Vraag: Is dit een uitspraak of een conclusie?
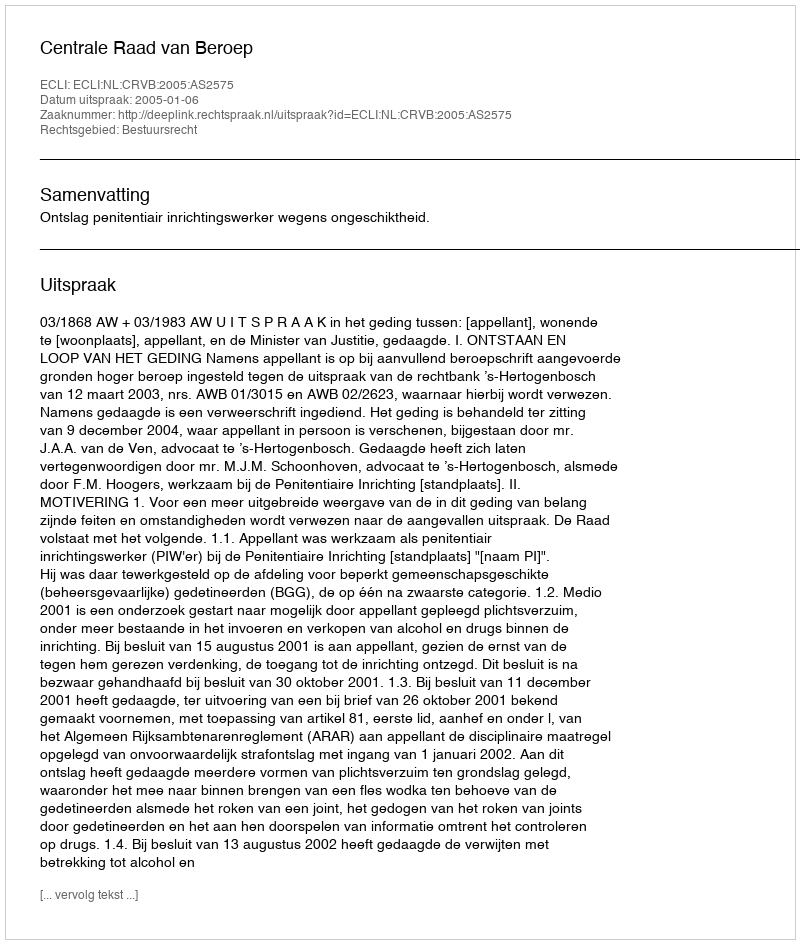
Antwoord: Uitspraak